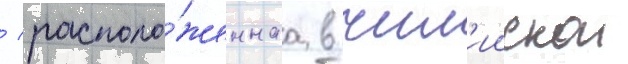
/ располо́женнаа в чил'иискои